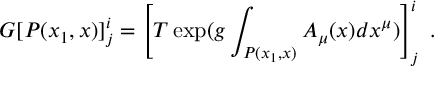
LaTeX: G [ P ( x _ { 1 } , x ) ] _ { j } ^ { i } = \left[ T \exp ( g \int _ { P ( x _ { 1 } , x ) } A _ { \mu } ( x ) d x ^ { \mu } ) \right] _ { j } ^ { i } \; .